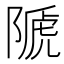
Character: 𨻆